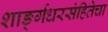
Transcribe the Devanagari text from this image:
शार्ङ्गधरसंहितेचा